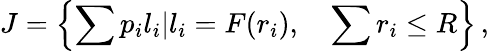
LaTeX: J=\left\{ \sum p_{i}l_{i}|l_{i}=F(r_{i}),\quad\sum r_{i}\le R\right\} \, ,